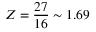
Z = { \frac { 2 7 } { 1 6 } } \sim 1 . 6 9